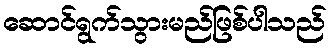
ဆောင်ရွက်သွားမည်ဖြစ်ပါသည်